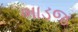
ભાડજ